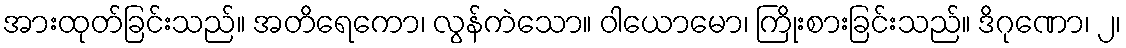
အားထုတ်ခြင်းသည်။ အတိရေကော၊ လွန်ကဲသော။ ဝါယောမော၊ ကြိုးစားခြင်းသည်။ ဒိဂုဏော၊ ၂၊